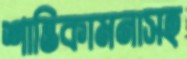
শান্তিকামনাসহ